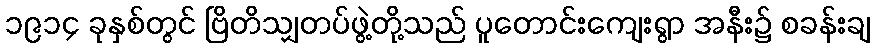
၁၉၁၄ ခုနှစ်တွင် ဗြိတိသျှတပ်ဖွဲ့တို့သည် ပူတောင်းကျေးရွာ အနီး၌ စခန်းချ